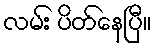
လမ်း ပိတ်နေပြီ။